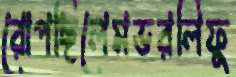
রোপছিলেমভরলিফু